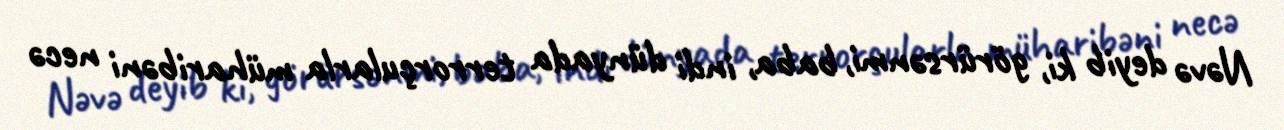
Nəvə deyib ki, görürsənmi, baba, indi dünyada terrorçularla müharibəni necə